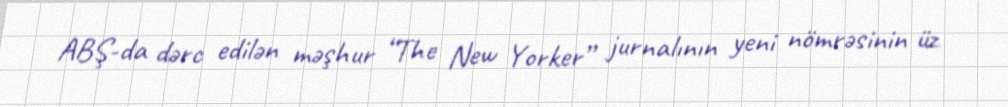
ABŞ-da dərc edilən məşhur “The New Yorker” jurnalının yeni nömrəsinin üz